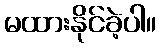
မထားနိုင်ခဲ့ပါ။